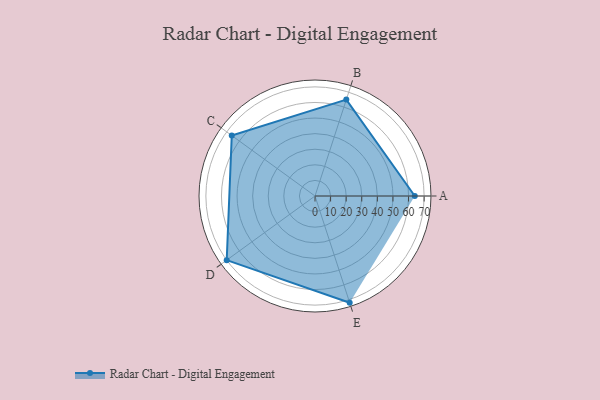
{"axis": {"x": "Skill", "y": "Score"}, "legend": ["Profile"], "data": [{"x": "A", "y": 64.0, "type": "Profile"}, {"x": "B", "y": 65.0, "type": "Profile"}, {"x": "C", "y": 66.0, "type": "Profile"}, {"x": "D", "y": 70.0, "type": "Profile"}, {"x": "E", "y": 72.0, "type": "Profile"}]}